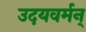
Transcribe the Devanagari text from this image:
उदयवर्मन्